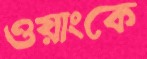
ওয়াংকে